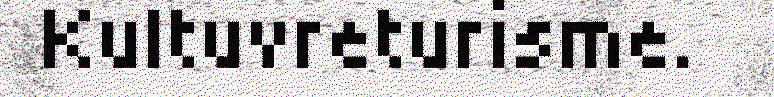
Kultuvreturisme.